Newspaper: Perrysburg journal.
Place of publication: Perrysburg, Wood Co., O. [Ohio]
Publisher: Ed. L. Blue
Date: 1900-11-30 00:00:00
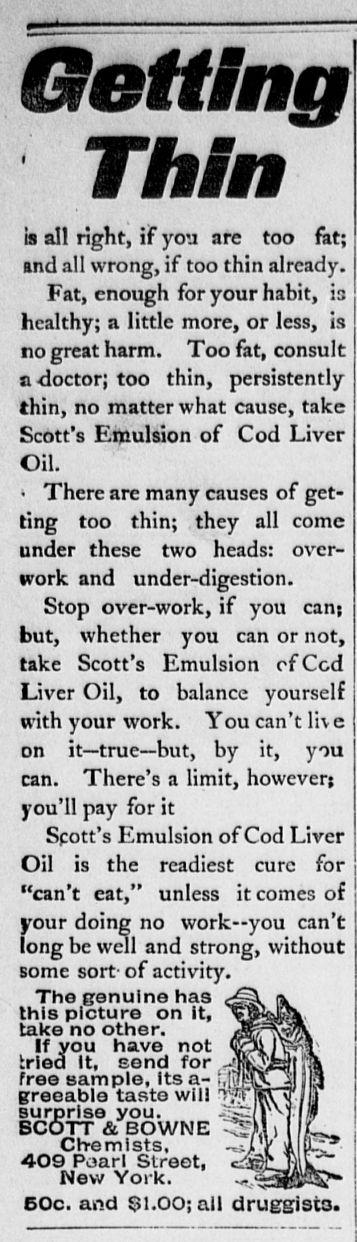
Advertisement text (OCR):
Getting Thin is all right, if you are too fat; and all wrong, if too thin already. Fat, enough for your habit, is healthy; a little more, or less, is no great harm. Too fat, consult a -doctor; too thin, persistently thin, no matter what cause, take Scott's Eniulsion of Cod Liver Oil. There arc many causes of get ting too thin; they all come under these two heads: over work and under-digestion. Stop over-work, if you can; but, whether you can or not, take Scott's Emulsion of Cod Liver Oil, to balance yourself with your work. You can't li e on it true but, by it, you can. There's a limit, however; you'll pay for it Spott's Emulsion of Cod Liver Oil is the readiest cure for "can't cat," unless it comes of your doing no workyou can't long be well and strong, without some sort-of activity. Tho genuine has this picture on it, take no other. If you have not Priori IK p.nnri for free Bam Die. Its a- f". greoable taste wili surprise you. BCOTT & BOWNE Chemists, 409 Poarl Street, New York. 50c. and 01.00; all druggists. Jffrwiii MWTL 3 r
Label: illustrations